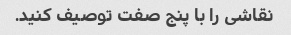
نقاشی را با پنج صفت توصیف کنید.